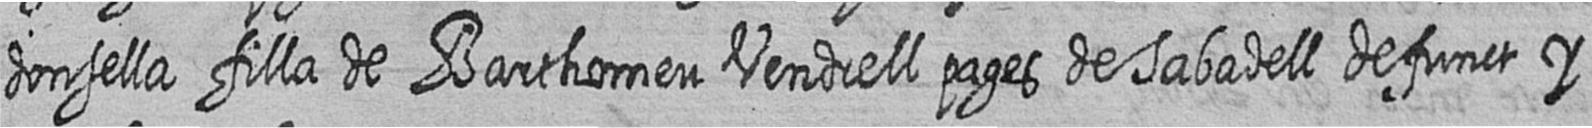
donsella filla de Barthomeu Vendrell pages de Sabadell defunct y